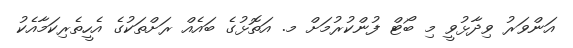
އަންވަރު ވިދާޅުވީ މި ބޯޓް ފުންކުރުމަށް މ. އަތޮޅުގެ ބައެއް ރަށްތަކުގެ އެހީތެރިކަމާއެކު